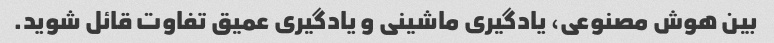
بین هوش مصنوعی، یادگیری ماشینی و یادگیری عمیق تفاوت قائل شوید.